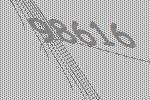
98616